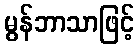
မွန်ဘာသာဖြင့်